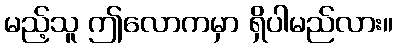
မည့်သူ ဤလောကမှာ ရှိပါမည်လား။